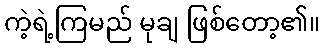
ကဲ့ရဲ့ကြမည် မုချ ဖြစ်တော့၏။